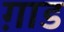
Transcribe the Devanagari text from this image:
ग़ाड